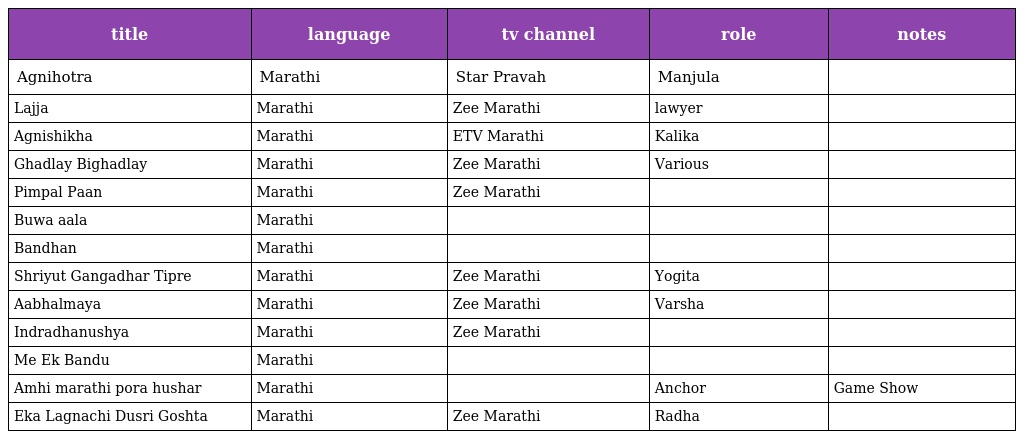
| title | language | tv channel | role | notes |
 | --- | --- | --- | --- | --- |
 | Agnihotra | Marathi | Star Pravah | Manjula |  |
 | Lajja | Marathi | Zee Marathi | lawyer |  |
 | Agnishikha | Marathi | ETV Marathi | Kalika |  |
 | Ghadlay Bighadlay | Marathi | Zee Marathi | Various |  |
 | Pimpal Paan | Marathi | Zee Marathi |  |  |
 | Buwa aala | Marathi |  |  |  |
 | Bandhan | Marathi |  |  |  |
 | Shriyut Gangadhar Tipre | Marathi | Zee Marathi | Yogita |  |
 | Aabhalmaya | Marathi | Zee Marathi | Varsha |  |
 | Indradhanushya | Marathi | Zee Marathi |  |  |
 | Me Ek Bandu | Marathi |  |  |  |
 | Amhi marathi pora hushar | Marathi |  | Anchor | Game Show |
 | Eka Lagnachi Dusri Goshta | Marathi | Zee Marathi | Radha |  |